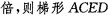
倍，则梯形ACED